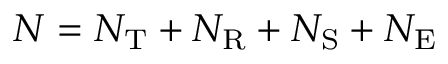
N = N _ { \mathrm { T } } + N _ { \mathrm { R } } + N _ { \mathrm { S } } + N _ { \mathrm { E } }